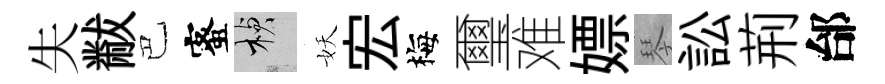
失黻巴蜜楨妖宏梅璽难嫖琴訟荊邰